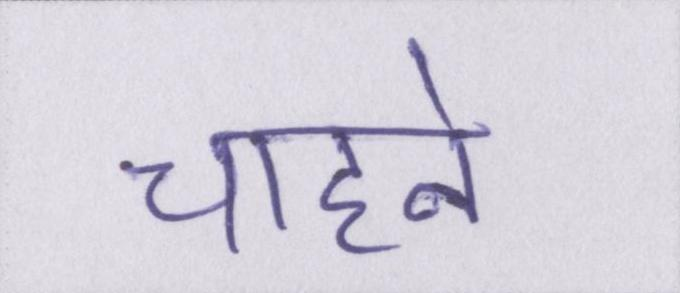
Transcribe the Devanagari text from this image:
चाहने